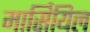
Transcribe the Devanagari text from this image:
मार्सियिल